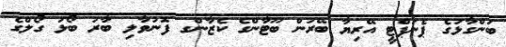
ބަންގާޅުގެ ޕެނަޕްޓީ އޭރިޔާ ބޭރުން ބޫޓާންގެ ކެޒާންގ ފޮނުވާލި ބާރު ބޯޅަ ގޯލްގެ